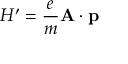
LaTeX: H ^ { \prime } = { \frac { e } { m } } \mathbf { A } \cdot \mathbf { p }